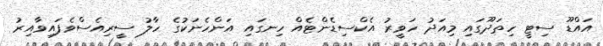
އައްޑޫ ސިޓީ ހިތަދޫގައި މިއަދު ހަވީރު އެކްސިޑެންޓެއް ހިނގައި އަންހެނަކުގެ ހާލު ސީރިއެސްވެފައިވާއިރު